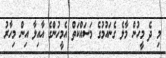
މި ދެ މީހުން މާލެ ގެނައުމުގެ މަސައްކަތް އެމީހުންގެ އާއިލާ އިން މިހާރު